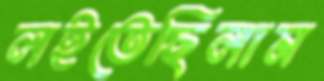
লইতেছিলাম